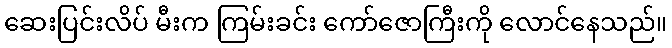
ဆေးပြင်းလိပ် မီးက ကြမ်းခင်း ကော်ဇောကြီးကို လောင်နေသည်။